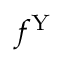
f ^ { \mathrm { Y } }